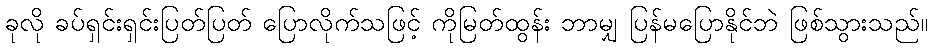
ခုလို ခပ်ရှင်းရှင်းပြတ်ပြတ် ပြောလိုက်သဖြင့် ကိုမြတ်ထွန်း ဘာမျှ ပြန်မပြောနိုင်ဘဲ ဖြစ်သွားသည်။